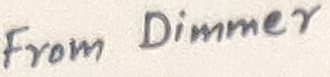
Text: From Dimmer